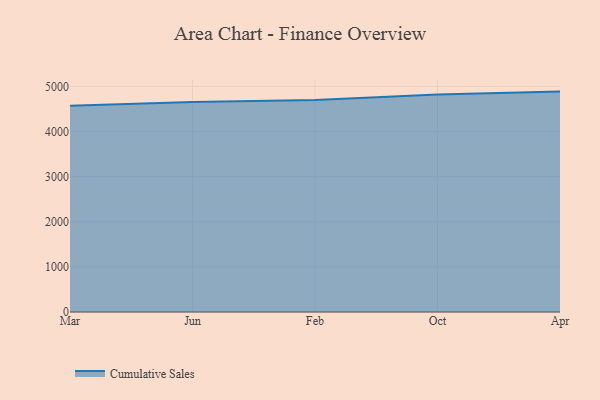
{"axis": {"x": "Month", "y": "Customer Acquisition Cost (USD)"}, "legend": ["Cumulative Sales"], "data": [{"x": "Mar", "y": 4570.7, "type": "Cumulative Sales"}, {"x": "Jun", "y": 4656.0, "type": "Cumulative Sales"}, {"x": "Feb", "y": 4698.6, "type": "Cumulative Sales"}, {"x": "Oct", "y": 4822.1, "type": "Cumulative Sales"}, {"x": "Apr", "y": 4884.0, "type": "Cumulative Sales"}]}